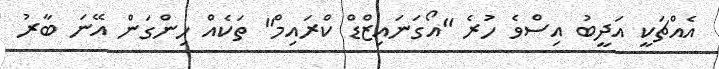
އެއްޗަކީ އަދީބު އިސްވެ ހުރެ "އޯގަނައިޒްޑް ކްރައިމް" ތަކެއް ހިންގަން އޭނަ ބާރު